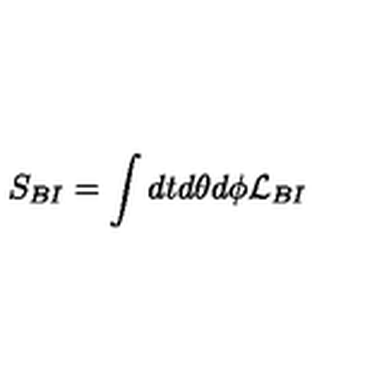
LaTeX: S _ { B I } = \int d t d \theta d \phi { \cal L } _ { B I }